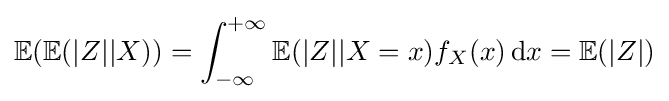
\mathbb {E} (\mathbb {E} (|Z||X))=\int _{-\infty }^{+\infty }\mathbb {E} (|Z||X=x)f_{X}(x)\,\mathrm {d} x=\mathbb {E} (|Z|)